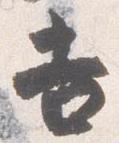
吉